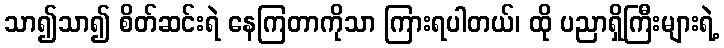
သာ၍သာ၍ စိတ်ဆင်းရဲ နေကြတာကိုသာ ကြားရပါတယ်၊ ထို ပညာရှိကြီးများရဲ့